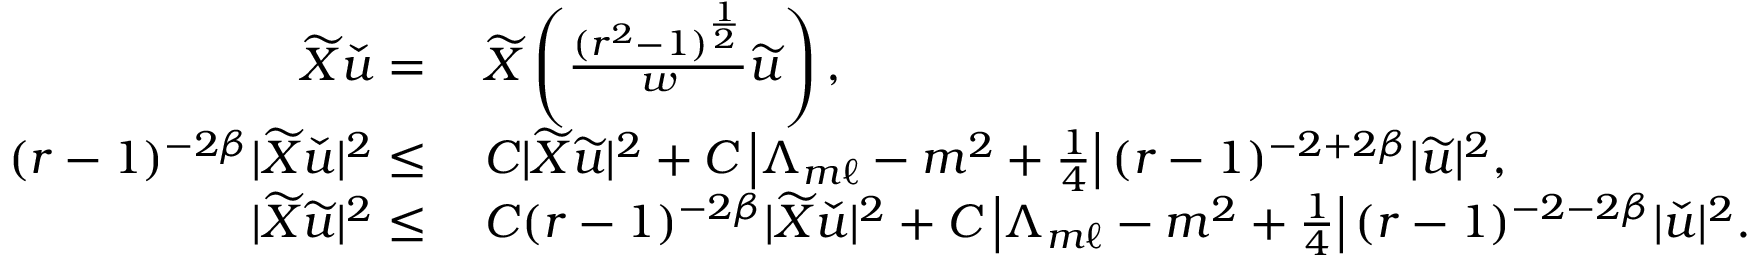
\begin{array} { r l } { \widetilde { X } \check { u } = } & { \: \widetilde { X } \left( \frac { ( r ^ { 2 } - 1 ) ^ { \frac { 1 } { 2 } } } { w } \widetilde { u } \right) , } \\ { ( r - 1 ) ^ { - 2 \beta } | \widetilde { X } \check { u } | ^ { 2 } \leq } & { \: C | \widetilde { X } \widetilde { u } | ^ { 2 } + C \left| \Lambda _ { m \ell } - m ^ { 2 } + \frac { 1 } { 4 } \right| ( r - 1 ) ^ { - 2 + 2 \beta } | \widetilde { u } | ^ { 2 } , } \\ { | \widetilde { X } \widetilde { u } | ^ { 2 } \leq } & { \: C ( r - 1 ) ^ { - 2 \beta } | \widetilde { X } \check { u } | ^ { 2 } + C \left| \Lambda _ { m \ell } - m ^ { 2 } + \frac { 1 } { 4 } \right| ( r - 1 ) ^ { - 2 - 2 \beta } | \check { u } | ^ { 2 } . } \end{array}